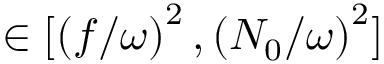
\in [ \left( f / \omega \right) ^ { 2 } , \left( N _ { 0 } / \omega \right) ^ { 2 } ]